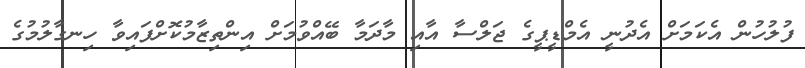
ފުލުހުން އެކަމަށް އެދުނީ އެމްޑީޕީގެ ޖަލްސާ އާއި މާދަމާ ބޭއްވުމަށް އިންތިޒާމުކޮށްފައިވާ ހިނގާލުމުގެ